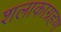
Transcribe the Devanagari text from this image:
शलाकाग्रहण